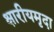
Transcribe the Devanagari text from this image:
क्षारीयमृदा